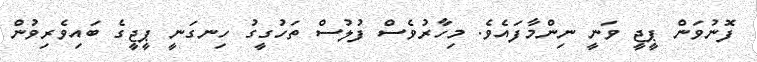
ފޮނުވަން ޕީޖީ ވަނީ ނިންމާފައެވެ. މިހާރުވެސް ފުލުސް ތަހުގީގު ހިނގަނީ ޕީޖީގެ ބައިވެރިވުން